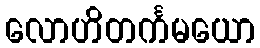
လောဟိတင်္ကမယော